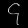
Digit: ၄